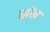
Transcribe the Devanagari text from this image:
खंख